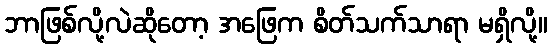
ဘာဖြစ်လို့လဲဆိုတော့ အဖြေက စိတ်သက်သာရာ မရှိလို့။